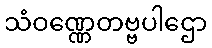
သံဝဏ္ဏေတဗ္ဗပါဌော